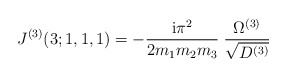
\begin{align*}J^{(3)}(3;1,1,1) = -\frac{\mbox{i} \pi^2}{2 m_1 m_2 m_3} \; \frac{\Omega^{(3)}}{\sqrt{D^{(3)}}}\end{align*}